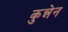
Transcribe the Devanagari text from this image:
कुन्नेन